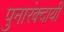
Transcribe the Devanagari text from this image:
पुनारंक्दायी